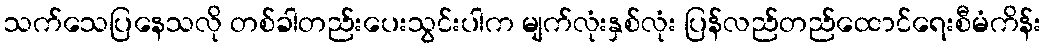
သက်သေပြနေသလို တစ်ခါတည်းပေးသွင်းပါက မျက်လုံးနှစ်လုံး ပြန်လည်တည်ထောင်ရေးစီမံကိန်း